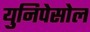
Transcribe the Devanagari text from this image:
युनिपेसोल